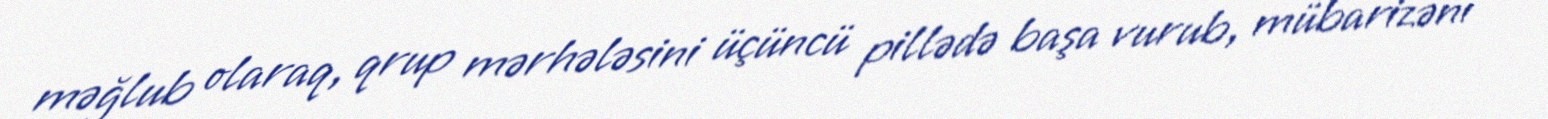
məğlub olaraq, qrup mərhələsini üçüncü pillədə başa vurub, mübarizəni